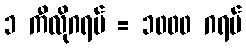
၁ ကီလိုဂရမ် = ၁၀၀၀ ဂရမ်